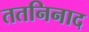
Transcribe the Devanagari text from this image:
ततनिनाद